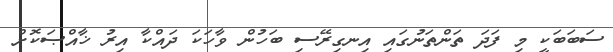
ސަބަބަކީ މި ފަދަ ތަންތަނުގައި އިނގިރޭސި ބަހުން ވާހަކަ ދައްކާ އިރު ޚާއްޞަކޮށް